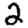
Digit: 2